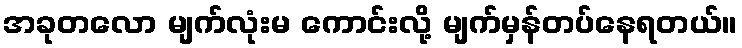
အခုတလော မျက်လုံးမ ကောင်းလို့ မျက်မှန်တပ်နေရတယ်။